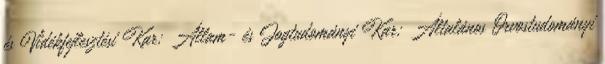
és Vidékfejlesztési Kar; Állam- és Jogtudományi Kar; Általános Orvostudományi